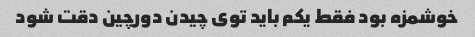
خوشمزه بود فقط یکم باید توی چیدن دورچین دقت شود